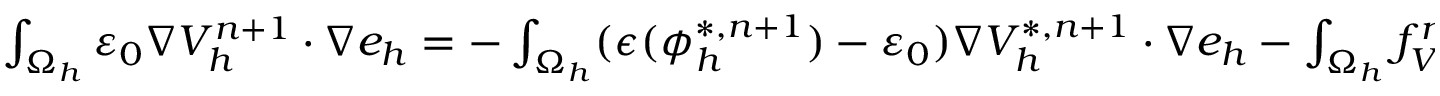
\begin{array} { r l } { \small } & { { } \int _ { \Omega _ { h } } \varepsilon _ { 0 } \nabla V _ { h } ^ { n + 1 } \cdot \nabla e _ { h } = - \int _ { \Omega _ { h } } ( \epsilon ( \phi _ { h } ^ { * , n + 1 } ) - \varepsilon _ { 0 } ) \nabla V _ { h } ^ { * , n + 1 } \cdot \nabla e _ { h } - \int _ { \Omega _ { h } } f _ { V h } ^ { n + 1 } e _ { h } , \quad \forall e _ { h } \in X _ { h 0 } ^ { E } ; } \end{array}